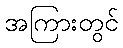
အကြားတွင်